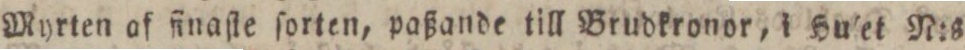
Myrten af finaſte ſorten, paßande till Brudkronor, i Hulet N:s